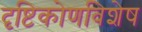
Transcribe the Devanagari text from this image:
दृष्टिकोणविशेष